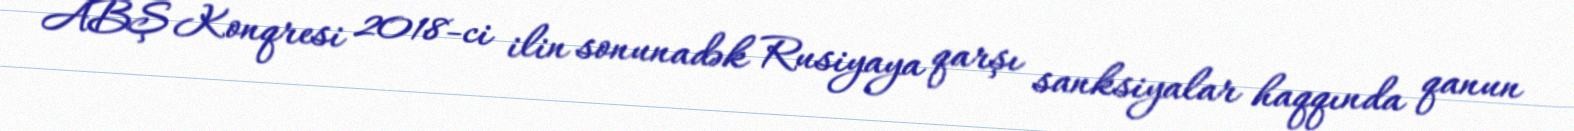
ABŞ Konqresi 2018-ci ilin sonunadək Rusiyaya qarşı sanksiyalar haqqında qanun